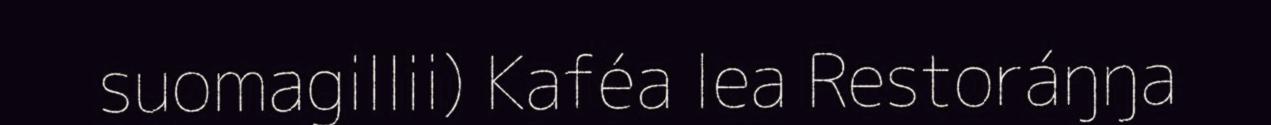
suomagillii) Kaféa lea Restoráŋŋa